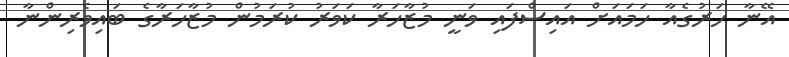
އޭނާ ހަރުގެއާ ހަމައަށް އައިސްފައި ވަނީ މުޒާހަރާ ކަވަރު ކުރަމުން މުޒާހަރާގެ ބައިވެރިންނާ